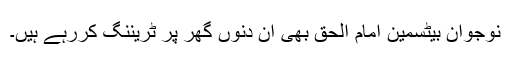
نوجوان بیٹسمین امام الحق بھی ان دنوں گھر پر ٹریننگ کررہے ہیں۔